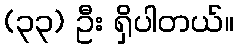
(၃၃) ဦး ရှိပါတယ်။